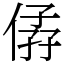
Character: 𠊩